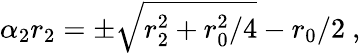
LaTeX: \alpha_{2}r_{2}=\pm\sqrt{r_{2}^{2}+{r_{0}^{2}/4}}-r_{0}/2\ ,